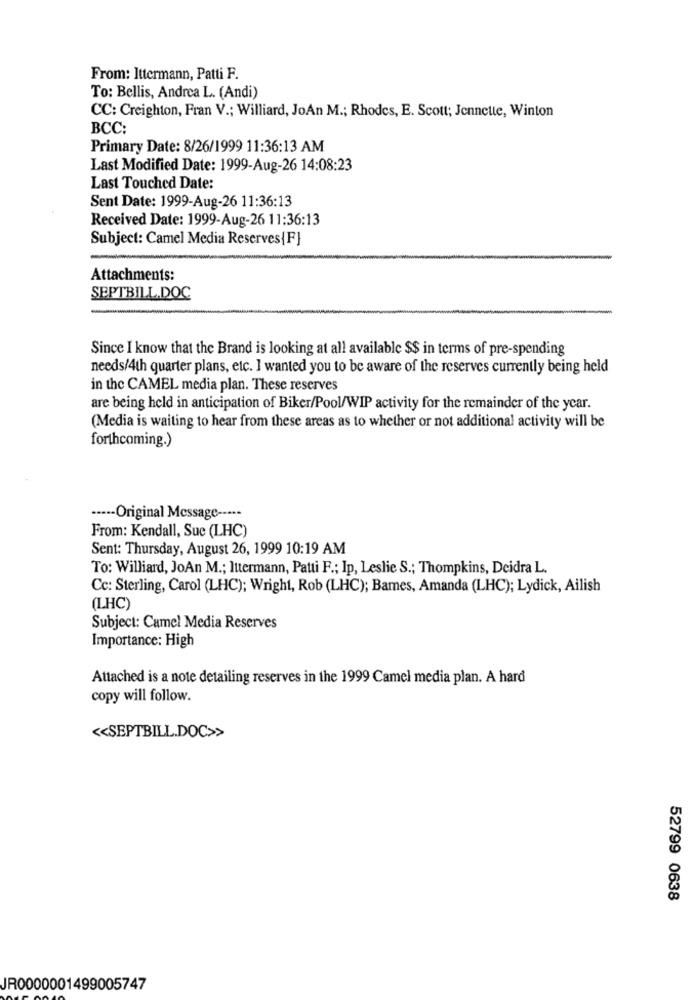
From: Ittermann, Patti F.
To: Bellis, Andrea L. (Andi)
CC: Creighton, Fran V .; Williard, JoAn M .; Rhodes, E. Scott; Jennette, Winton
BCC:
Primary Date: 8/26/1999 11:36:13 AM
Last Modified Date: 1999-Aug-26 14:08:23
Last Touched Date:
Sent Date: 1999-Aug-26 11:36:13
Received Date: 1999-Aug-26 11:36:13
Subject: Camel Media Reserves{F}
Attachments:
SEPTBILL.DOC
Since I know that the Brand is looking at all available $$ in terms of pre-spending
needs/4th quarter plans, etc. I wanted you to be aware of the reserves currently being held
in the CAMEL media plan. These reserves
are being held in anticipation of Biker/Pool/WIP activity for the remainder of the year.
(Media is waiting to hear from these areas as to whether or not additional activity will be
forthcoming.)
····- Original Message -----
From: Kendall, Sue (LHC)
Sent: Thursday, August 26, 1999 10:19 AM
To: Williard, JoAn M .; Ittermann, Patti F .; Ip, Leslie S .; Thompkins, Deidra L.
Cc: Sterling, Carol (LHC); Wright, Rob (LHC); Barnes, Amanda (LHC); Lydick, Ailish
(LHC)
Subject: Camel Media Reserves
Importance: High
Attached is a note detailing reserves in the 1999 Camel media plan. A hard
copy will follow.
<< SEPTBILL.DOC>>
52799 0638
JR0000001499005747